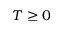
T \geq 0